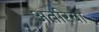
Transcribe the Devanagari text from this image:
अतरिया